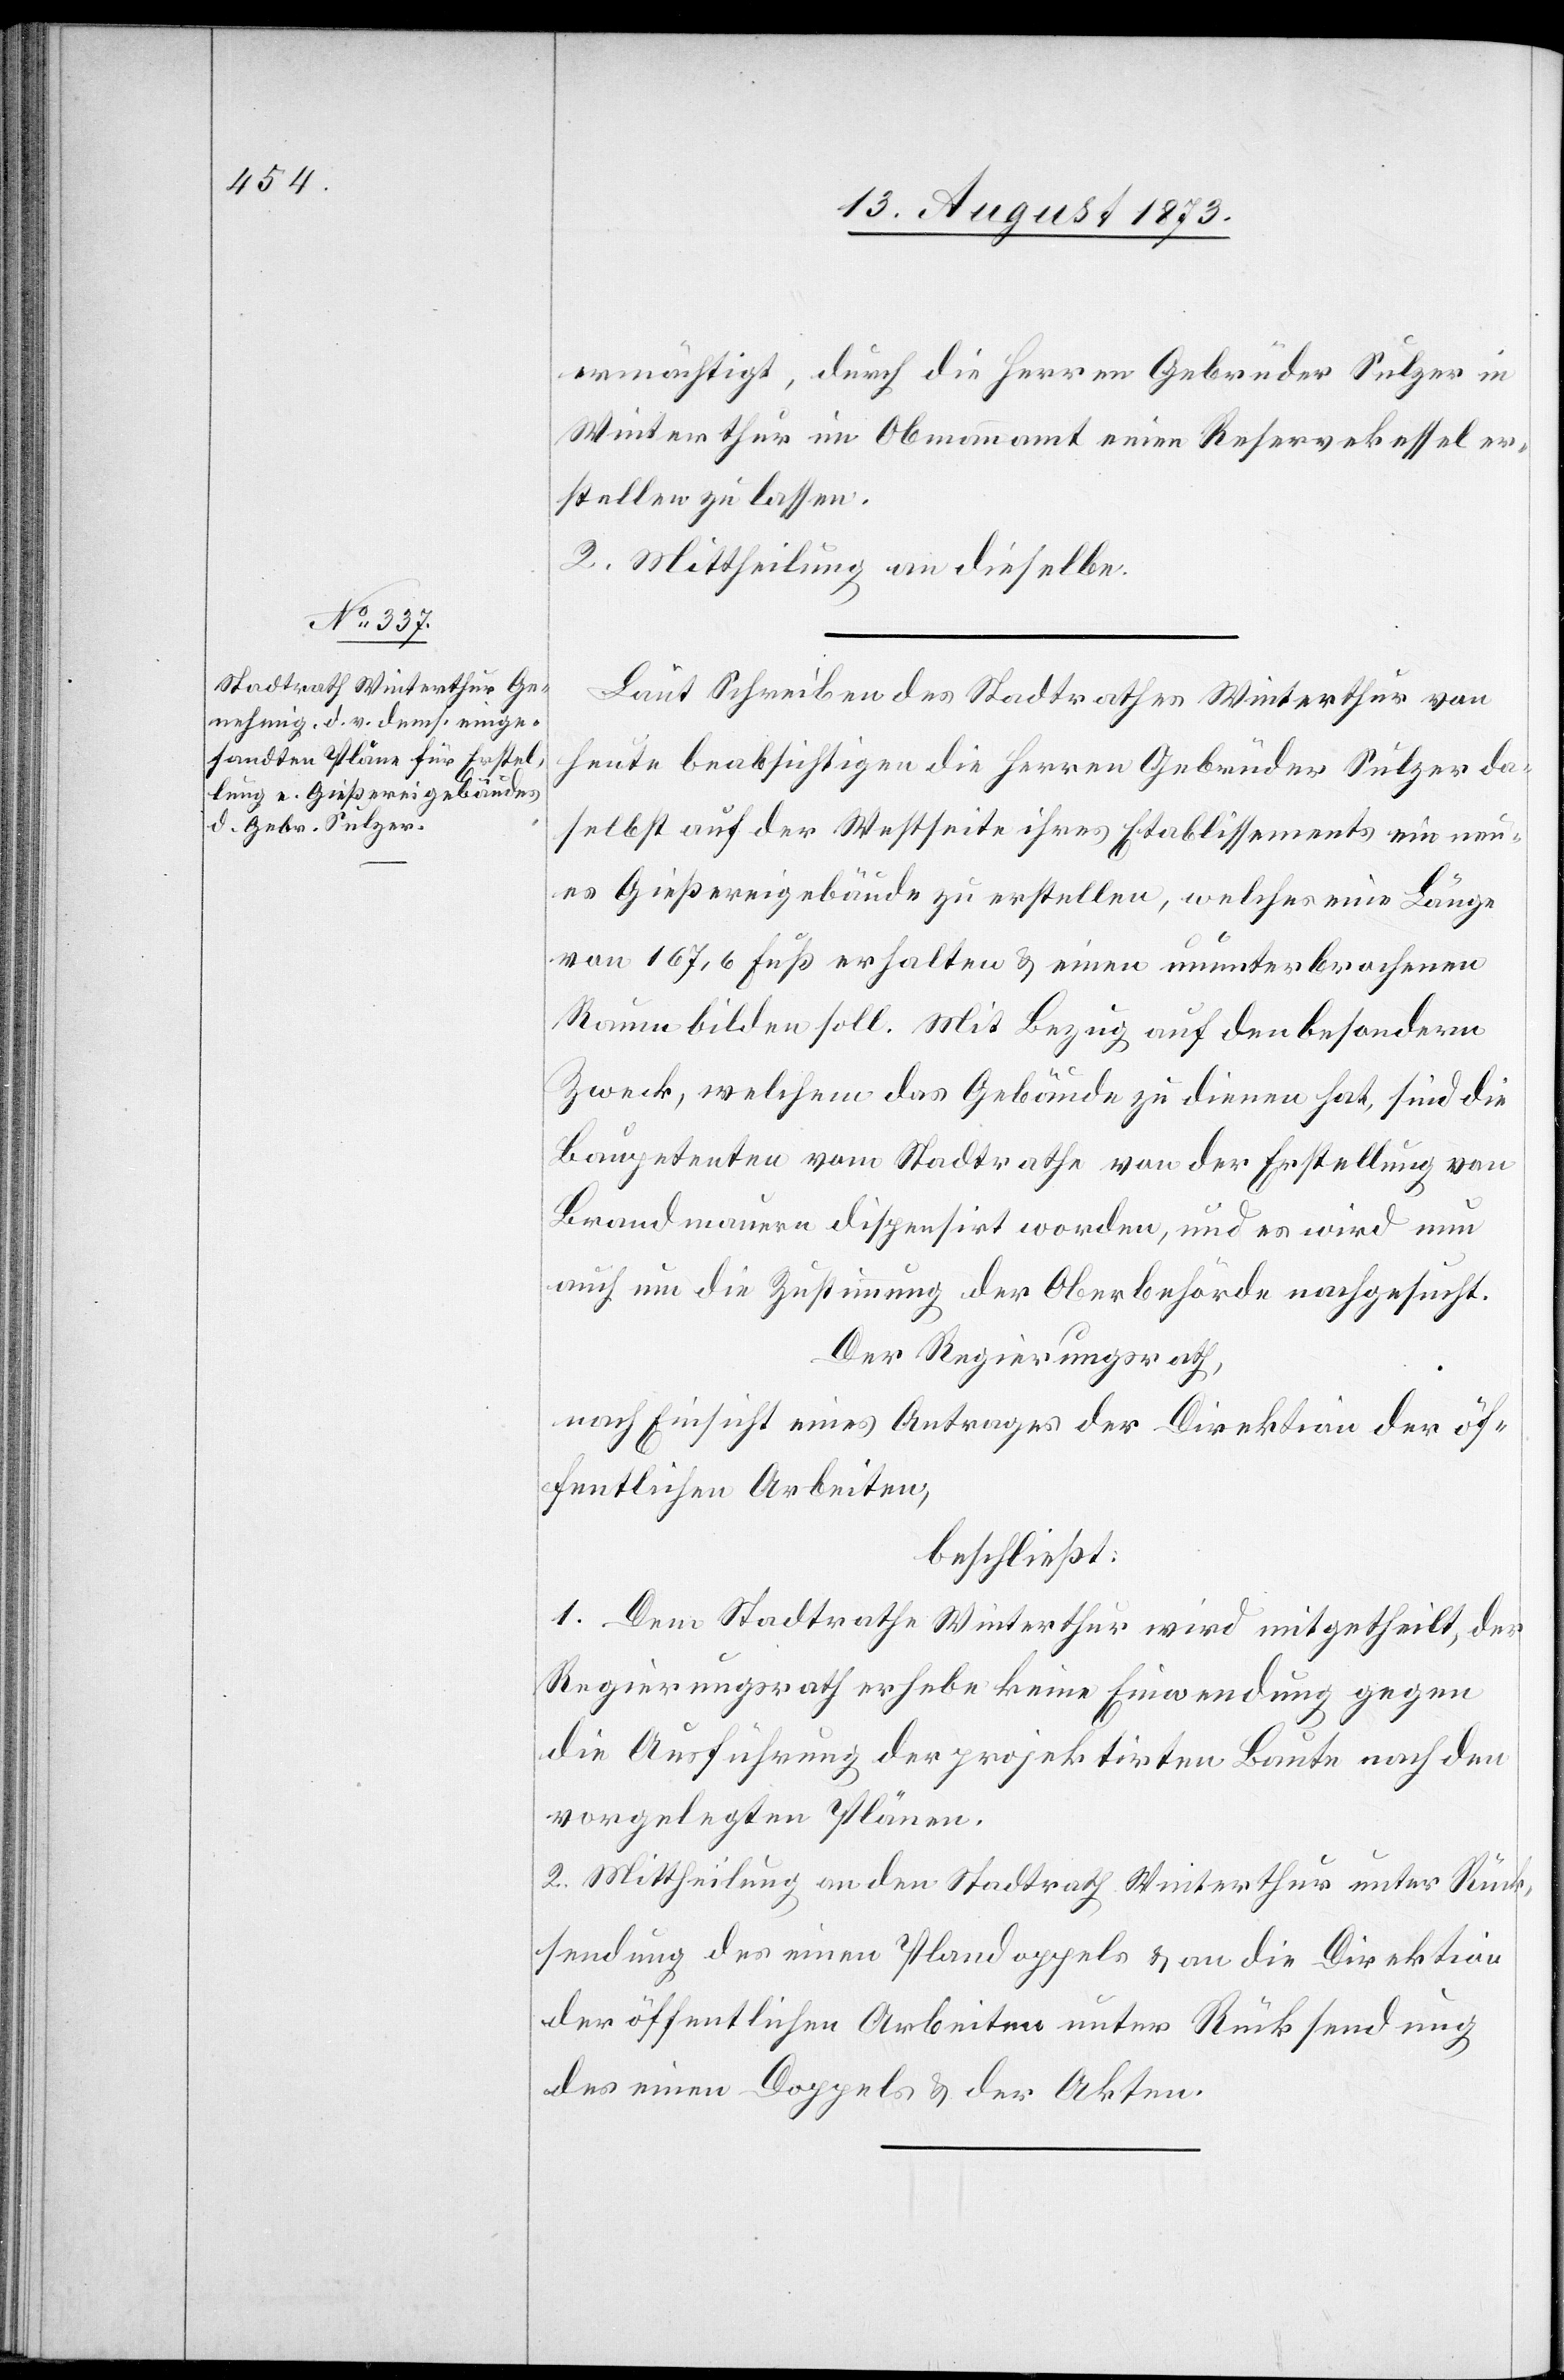
ermächtigt, durch die Herren Gebrüder Sulzer in
Winterthur im Obmannamt einen Reservekessel er¬
stellen zu lassen.
2. Mittheilung an dieselbe.
Laut Schreiben des Stadtrathes Winterthur von
heute beabsichtigen die Herren Gebrüder Sulzer da¬
selbst auf der Westseite ihres Etablissements ein neu¬
es Gießereigebäude zu erstellen, welches eine Länge
von 167,6 Fuß erhalten & einen ununterbrochenen
Raum bilden soll. Mit Bezug auf den besondern
Zweck, welchem das Gebäude zu dienen hat, sind die
Baupetenten vom Stadtrathe von der Erstellung von
Brandmauern dispensirt worden, und es wird nun
auch um die Zustimmung der Oberbehörde nachgesucht.
Der Regierungsrath,
nach Einsicht eines Antrages der Direktion der öf¬
fentlichen Arbeiten,
beschließt:
1. Dem Stadtrathe Winterthur wird mitgetheilt, der
Regierungsrath erhebe keine Einwendung gegen
die Ausführung der projektirten Baute nach den
vorgelegten Plänen.
2. Mittheilung an den Stadtrath Winterthur unter Rück¬
sendung des einen Plandoppels & an die Direktion
der öffentlichen Arbeiten unter Rücksendung
des einen Doppels & der Akten.